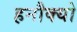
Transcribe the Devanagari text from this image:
हनौक्यो